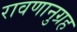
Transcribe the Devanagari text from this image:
रावणानुग्रह